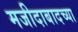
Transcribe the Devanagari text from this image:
मजीदाबादच्या